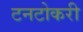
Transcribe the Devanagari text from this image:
टनटोकरी